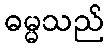
ဓမ္မသည်